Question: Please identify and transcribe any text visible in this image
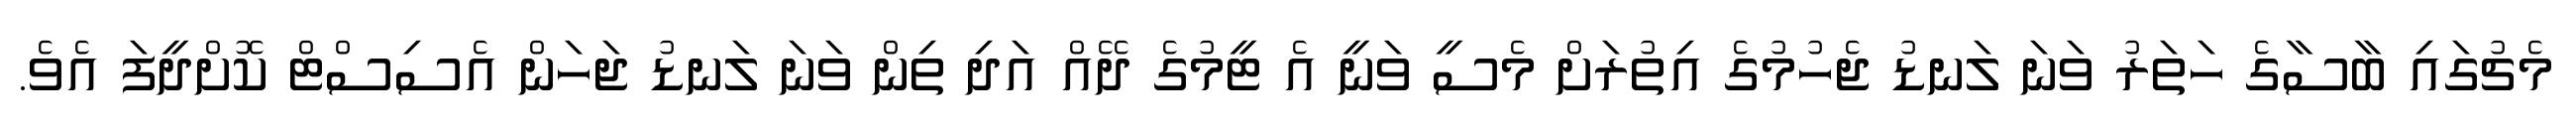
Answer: މެޗުގައި ބާސާގެ ހަތަރު ވަނަ ލަނޑު ޖެހުމުގެ އިތުރަށް މެސީ ވަނީ އެ ޓީމުގެ ދޭއް އަދި ތިން ވަނަ ލަނޑު ޖަހަން އެސިސްޓް ކޮށްދީފަ އެވެ.